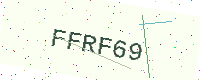
Text: FFRF69